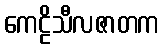
ကေဠိသီလဇာတက